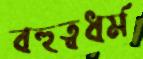
বহুত্বধর্ম